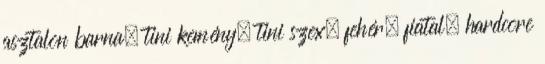
asztalon barna, tini kemény, tini szex, fehér, fiatal, hardcore